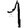
Digit: 1